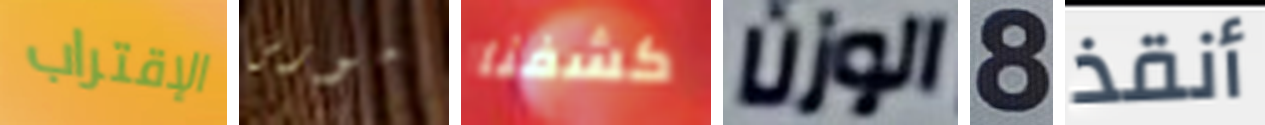
الإقتراب مورس كشفنا الوزن 8 أنقذ